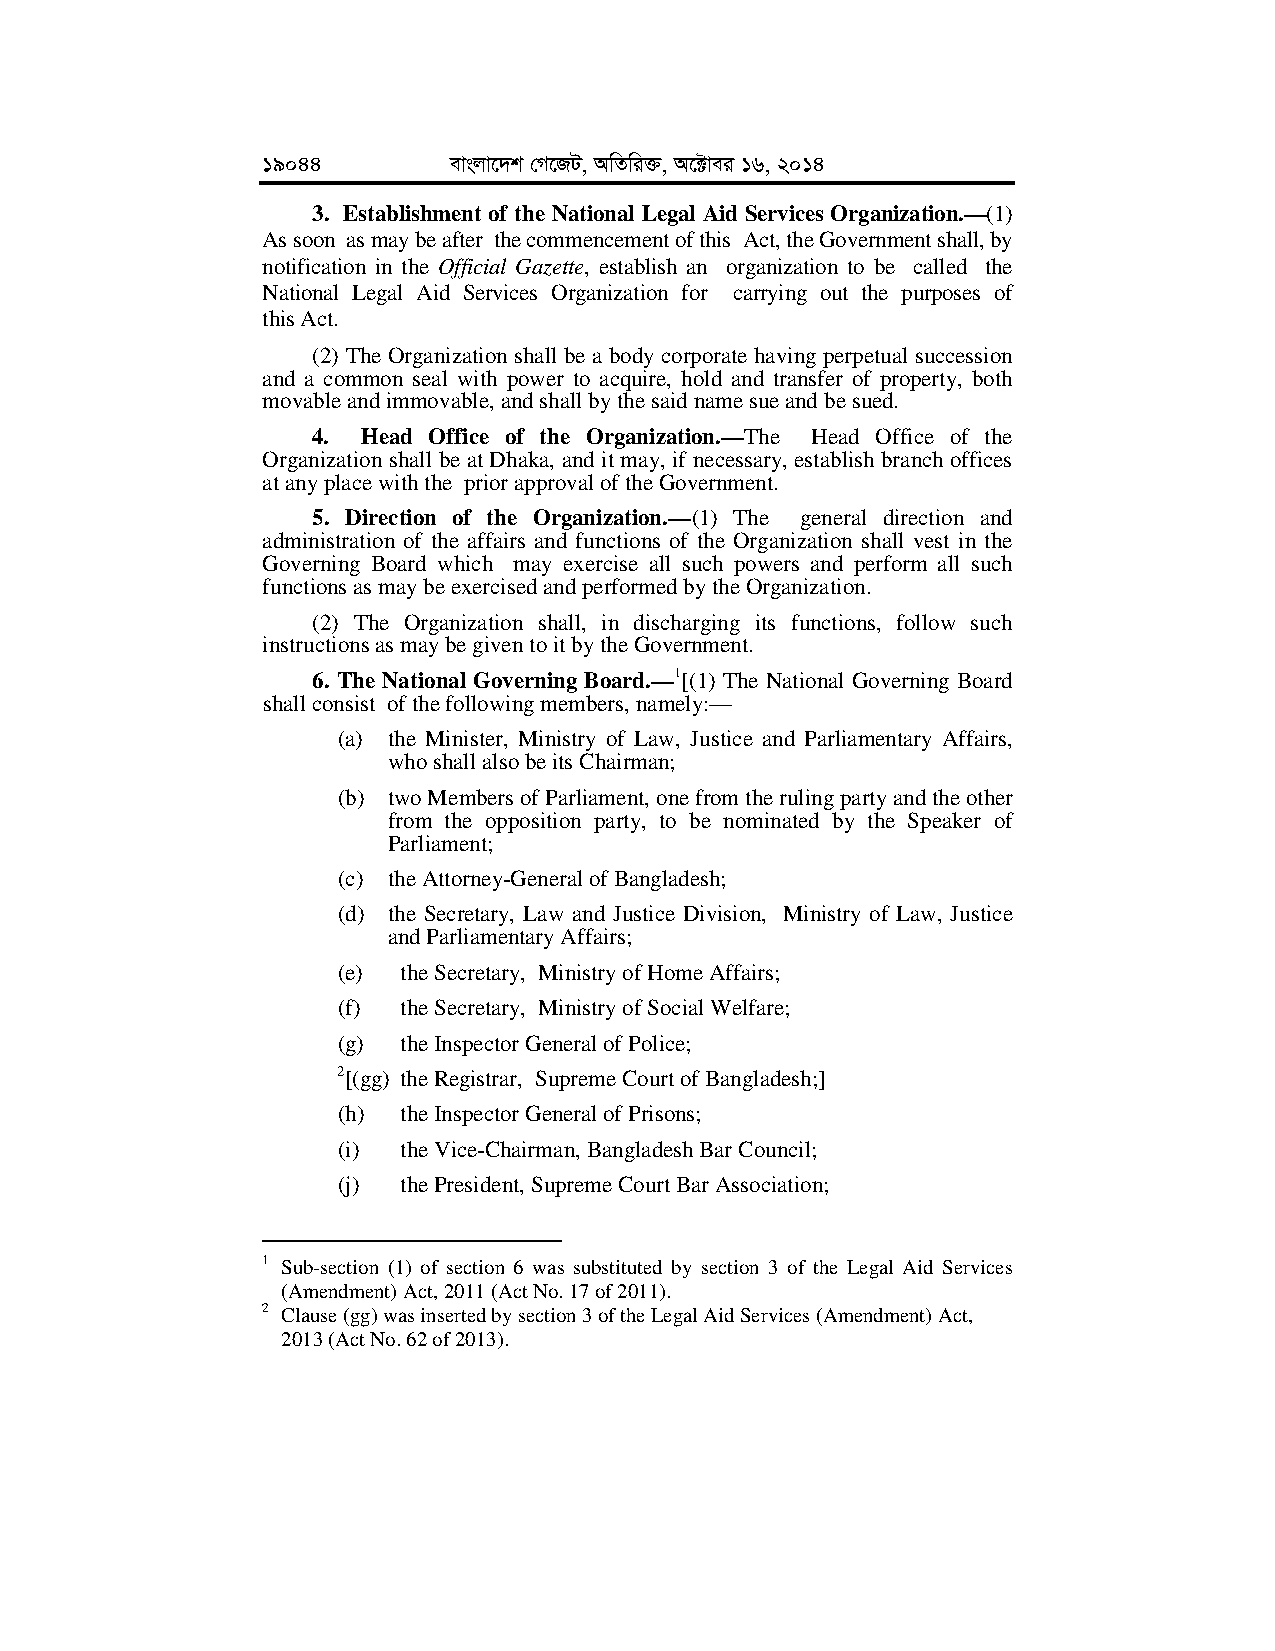
19044        evsjv‡`k †M‡RU, AwZwi³, A‡±vei 16, 2014
 3. Establishment of the National Legal Aid Services Organization.—(1)
 As soon as may be after the commencement of this Act, the Government shall, by
 notification in the Official Gazette, establish an organization to be called the
 National Legal Aid Services Organization for carrying out the purposes of
 this Act.
 (2) The Organization shall be a body corporate having perpetual succession
 and a common seal with power to acquire, hold and transfer of property, both
 movable and immovable, and shall by the said name sue and be sued.
 4. Head Office of the Organization.—The Head Office of the
 Organization shall be at Dhaka, and it may, if necessary, establish branch offices
 at any place with the prior approval of the Government.
 5. Direction of the Organization.—(1) The general direction and
 administration of the affairs and functions of the Organization shall vest in the
 Governing Board which may exercise all such powers and perform all such
 functions as may be exercised and performed by the Organization.
 (2) The Organization shall, in discharging its functions, follow such
 instructions as may be given to it by the Government.
 6. The National Governing Board.—1[(1) The National Governing Board
 shall consist of the following members, namely:—
 (a) the Minister, Ministry of Law, Justice and Parliamentary Affairs,
 who shall also be its Chairman;
 (b) two Members of Parliament, one from the ruling party and the other
 from the opposition party, to be nominated by the Speaker of
 Parliament;
 (c) the Attorney-General of Bangladesh;
 (d) the Secretary, Law and Justice Division, Ministry of Law, Justice
 and Parliamentary Affairs;
 (e) the Secretary, Ministry of Home Affairs;
 (f) the Secretary, Ministry of Social Welfare;
 (g) the Inspector General of Police;
 2[(gg) the Registrar, Supreme Court of Bangladesh;]
 (h) the Inspector General of Prisons;
 (i) the Vice-Chairman, Bangladesh Bar Council;
 (j) the President, Supreme Court Bar Association;
 1 Sub-section (1) of section 6 was substituted by section 3 of the Legal Aid Services
 (Amendment) Act, 2011 (Act No. 17 of 2011).
 2 Clause (gg) was inserted by section 3 of the Legal Aid Services (Amendment) Act,
 2013 (Act No. 62 of 2013).